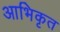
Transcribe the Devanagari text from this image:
आभिकृत